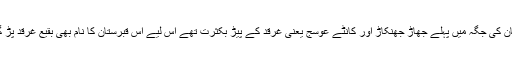
بقیع اس جگہ کو کہتے ہیں جہاں جنگلی پیڑ پودے بکثرت پائے جاتے ہوں اور چوں کہ بقیع قبرستان کی جگہ میں پہلے جھاڑ جھنکاڑ اور کانٹے عوسج یعنی غرقد کے پیڑ بکثرت تھے اس لیے اس قبرستان کا نام بھی بقیع غرقد پڑ گیا، یہ قبرستان مدینہ منورہ کی آبادی سے باہر مسجد نبوی شریف کے مشرقی سمت میں واقع ہے۔